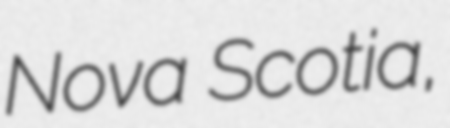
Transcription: Nova Scotia,